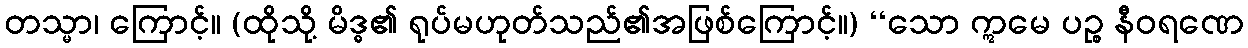
တသ္မာ၊ ကြောင့်။ (ထိုသို့ မိဒ္ဓ၏ ရုပ်မဟုတ်သည်၏အဖြစ်ကြောင့်။) ‘‘သော ဣမေ ပဉ္စ နီဝရဏေ